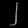
Digit: ၂